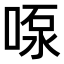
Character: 𫪴